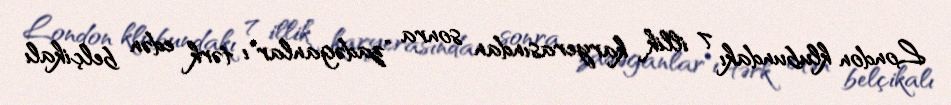
London klubundakı 7 illik karyerasından sonra "zadəganlar"ı tərk edən belçikalı